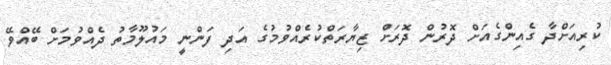
ކުރިއަށްދާ ގެއިންގެއަށް ދޮރުން ދޮރަށް ޒިޔާރަތްކުރެއްވުމުގެ އަދި ފަންނީ މައުލޫމާތު ދެއްވުމަށް ބޭއްވޭ